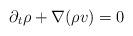
LaTeX: \begin{align*}\partial _t\rho + \nabla (\rho v)=0\end{align*}